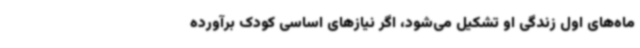
ماه‌های اول زندگی او تشکیل می‌شود، اگر نیازهای اساسی کودک برآورده